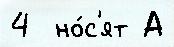
4  но́с'ят А